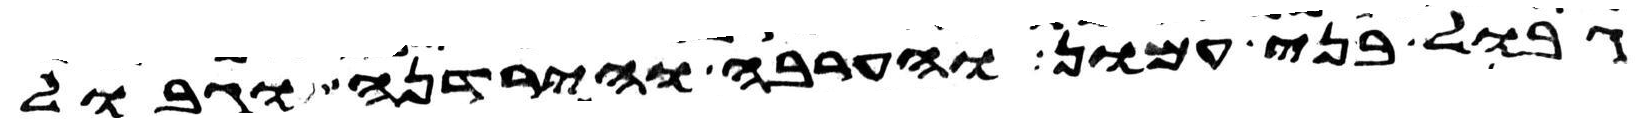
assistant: גבול בני עמון והערבה והירדנה וגבול